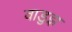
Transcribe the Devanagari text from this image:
वाडुझ